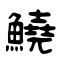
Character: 鱙